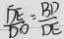
\frac { D E } { D O } = \frac { B D } { D E }